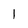
Character: l